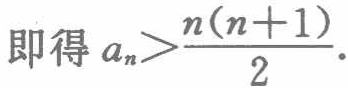
即得 \(a_{n}>\frac{n(n + 1)}{2}\).